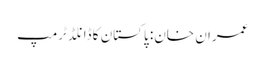
عمران خان: پاکستان کا ڈانلڈ ٹرمپ